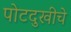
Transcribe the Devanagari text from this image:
पोटदुखीचे